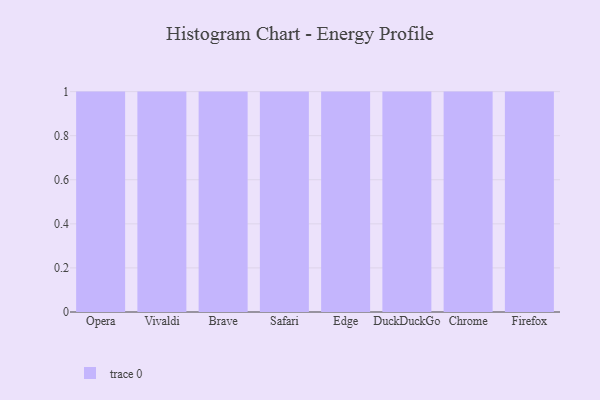
{"axis": {"x": "Browser", "y": "Bounce Rate (%)"}, "legend": [""], "data": [{"x": "Opera", "y": 18, "type": ""}, {"x": "Vivaldi", "y": 98, "type": ""}, {"x": "Brave", "y": 96, "type": ""}, {"x": "Safari", "y": 86, "type": ""}, {"x": "Edge", "y": 99, "type": ""}, {"x": "DuckDuckGo", "y": 92, "type": ""}, {"x": "Chrome", "y": 9, "type": ""}, {"x": "Firefox", "y": 46, "type": ""}]}